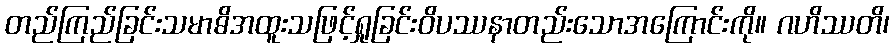
တည်ကြည်ခြင်းသမာဓိအထူးသဖြင့်ရှုခြင်းဝိပဿနာတည်းသောအကြောင်းကို။ ဂဟိဿတိ၊